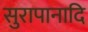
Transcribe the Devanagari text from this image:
सुरापानादि